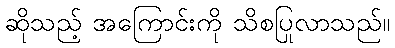
ဆိုသည့် အကြောင်းကို သိစပြုလာသည်။